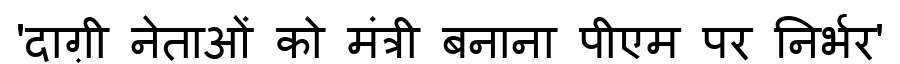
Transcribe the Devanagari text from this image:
'दाग़ी नेताओं को मंत्री बनाना पीएम पर निर्भर'